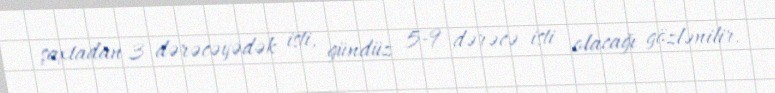
şaxtadan 3 dərəcəyədək isti, gündüz 5-9 dərəcə isti olacağı gözlənilir.